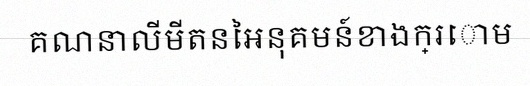
គណនាលីមីតនៃអនុគមន៍ខាងក្រោម